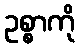
ဥစ္စာကို